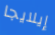
إيلايجا